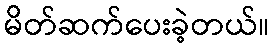
မိတ်ဆက်ပေးခဲ့တယ်။